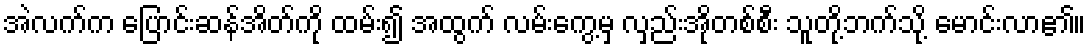
အဲလက်က ပြောင်းဆန်အိတ်ကို ထမ်း၍ အထွက် လမ်းကွေ့မှ လှည်းအိုတစ်စီး သူတို့ဘက်သို့ မောင်းလာ၏။